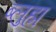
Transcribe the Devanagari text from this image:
ब्लुह्म